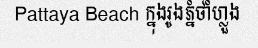
Pattaya Beach ក្នុងរូងភ្នំថាំហ្លួង